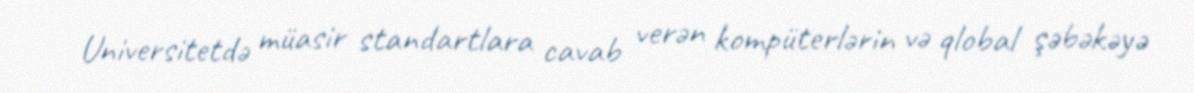
Universitetdə müasir standartlara cavab verən kompüterlərin və qlobal şəbəkəyə